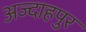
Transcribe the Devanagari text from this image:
अज्दाहपुर